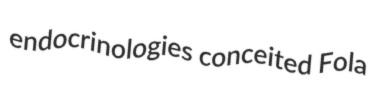
endocrinologies conceited Fola